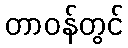
တာဝန်တွင်